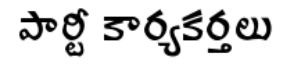
పార్టీ కార్యకర్తలు